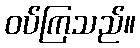
ဝပ်ကြသည်။